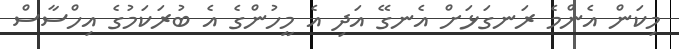
މިކަން އެންމެ ރަނގަޅަށް އެނގޭ އަދި އެ މީހުންގެ އެ ބުރަކަމުގެ އިހްސާސް